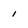
Character: 1